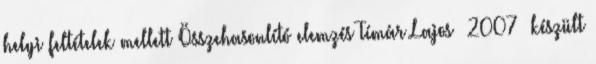
helyi feltételek mellett Összehasonlító elemzés Tímár Lajos 2007 készült